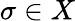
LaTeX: \sigma\in X